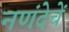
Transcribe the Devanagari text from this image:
नणंदेचें